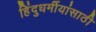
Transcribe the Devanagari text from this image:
हिंदुधर्मीयांसाठी